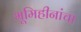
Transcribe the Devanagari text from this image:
भूमिहीनांचा